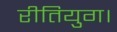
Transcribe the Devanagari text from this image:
रीतियुग।